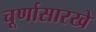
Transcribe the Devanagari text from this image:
चूर्णासारखे